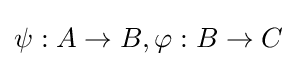
\psi :A\to B,\varphi :B\to C